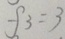
f _ { 3 } = 3